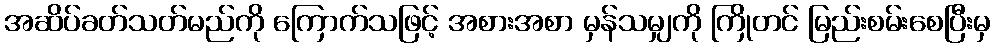
အဆိပ်ခတ်သတ်မည်ကို ကြောက်သဖြင့် အစားအစာ မှန်သမျှကို ကြိုတင် မြည်းစမ်းစေပြီးမှ